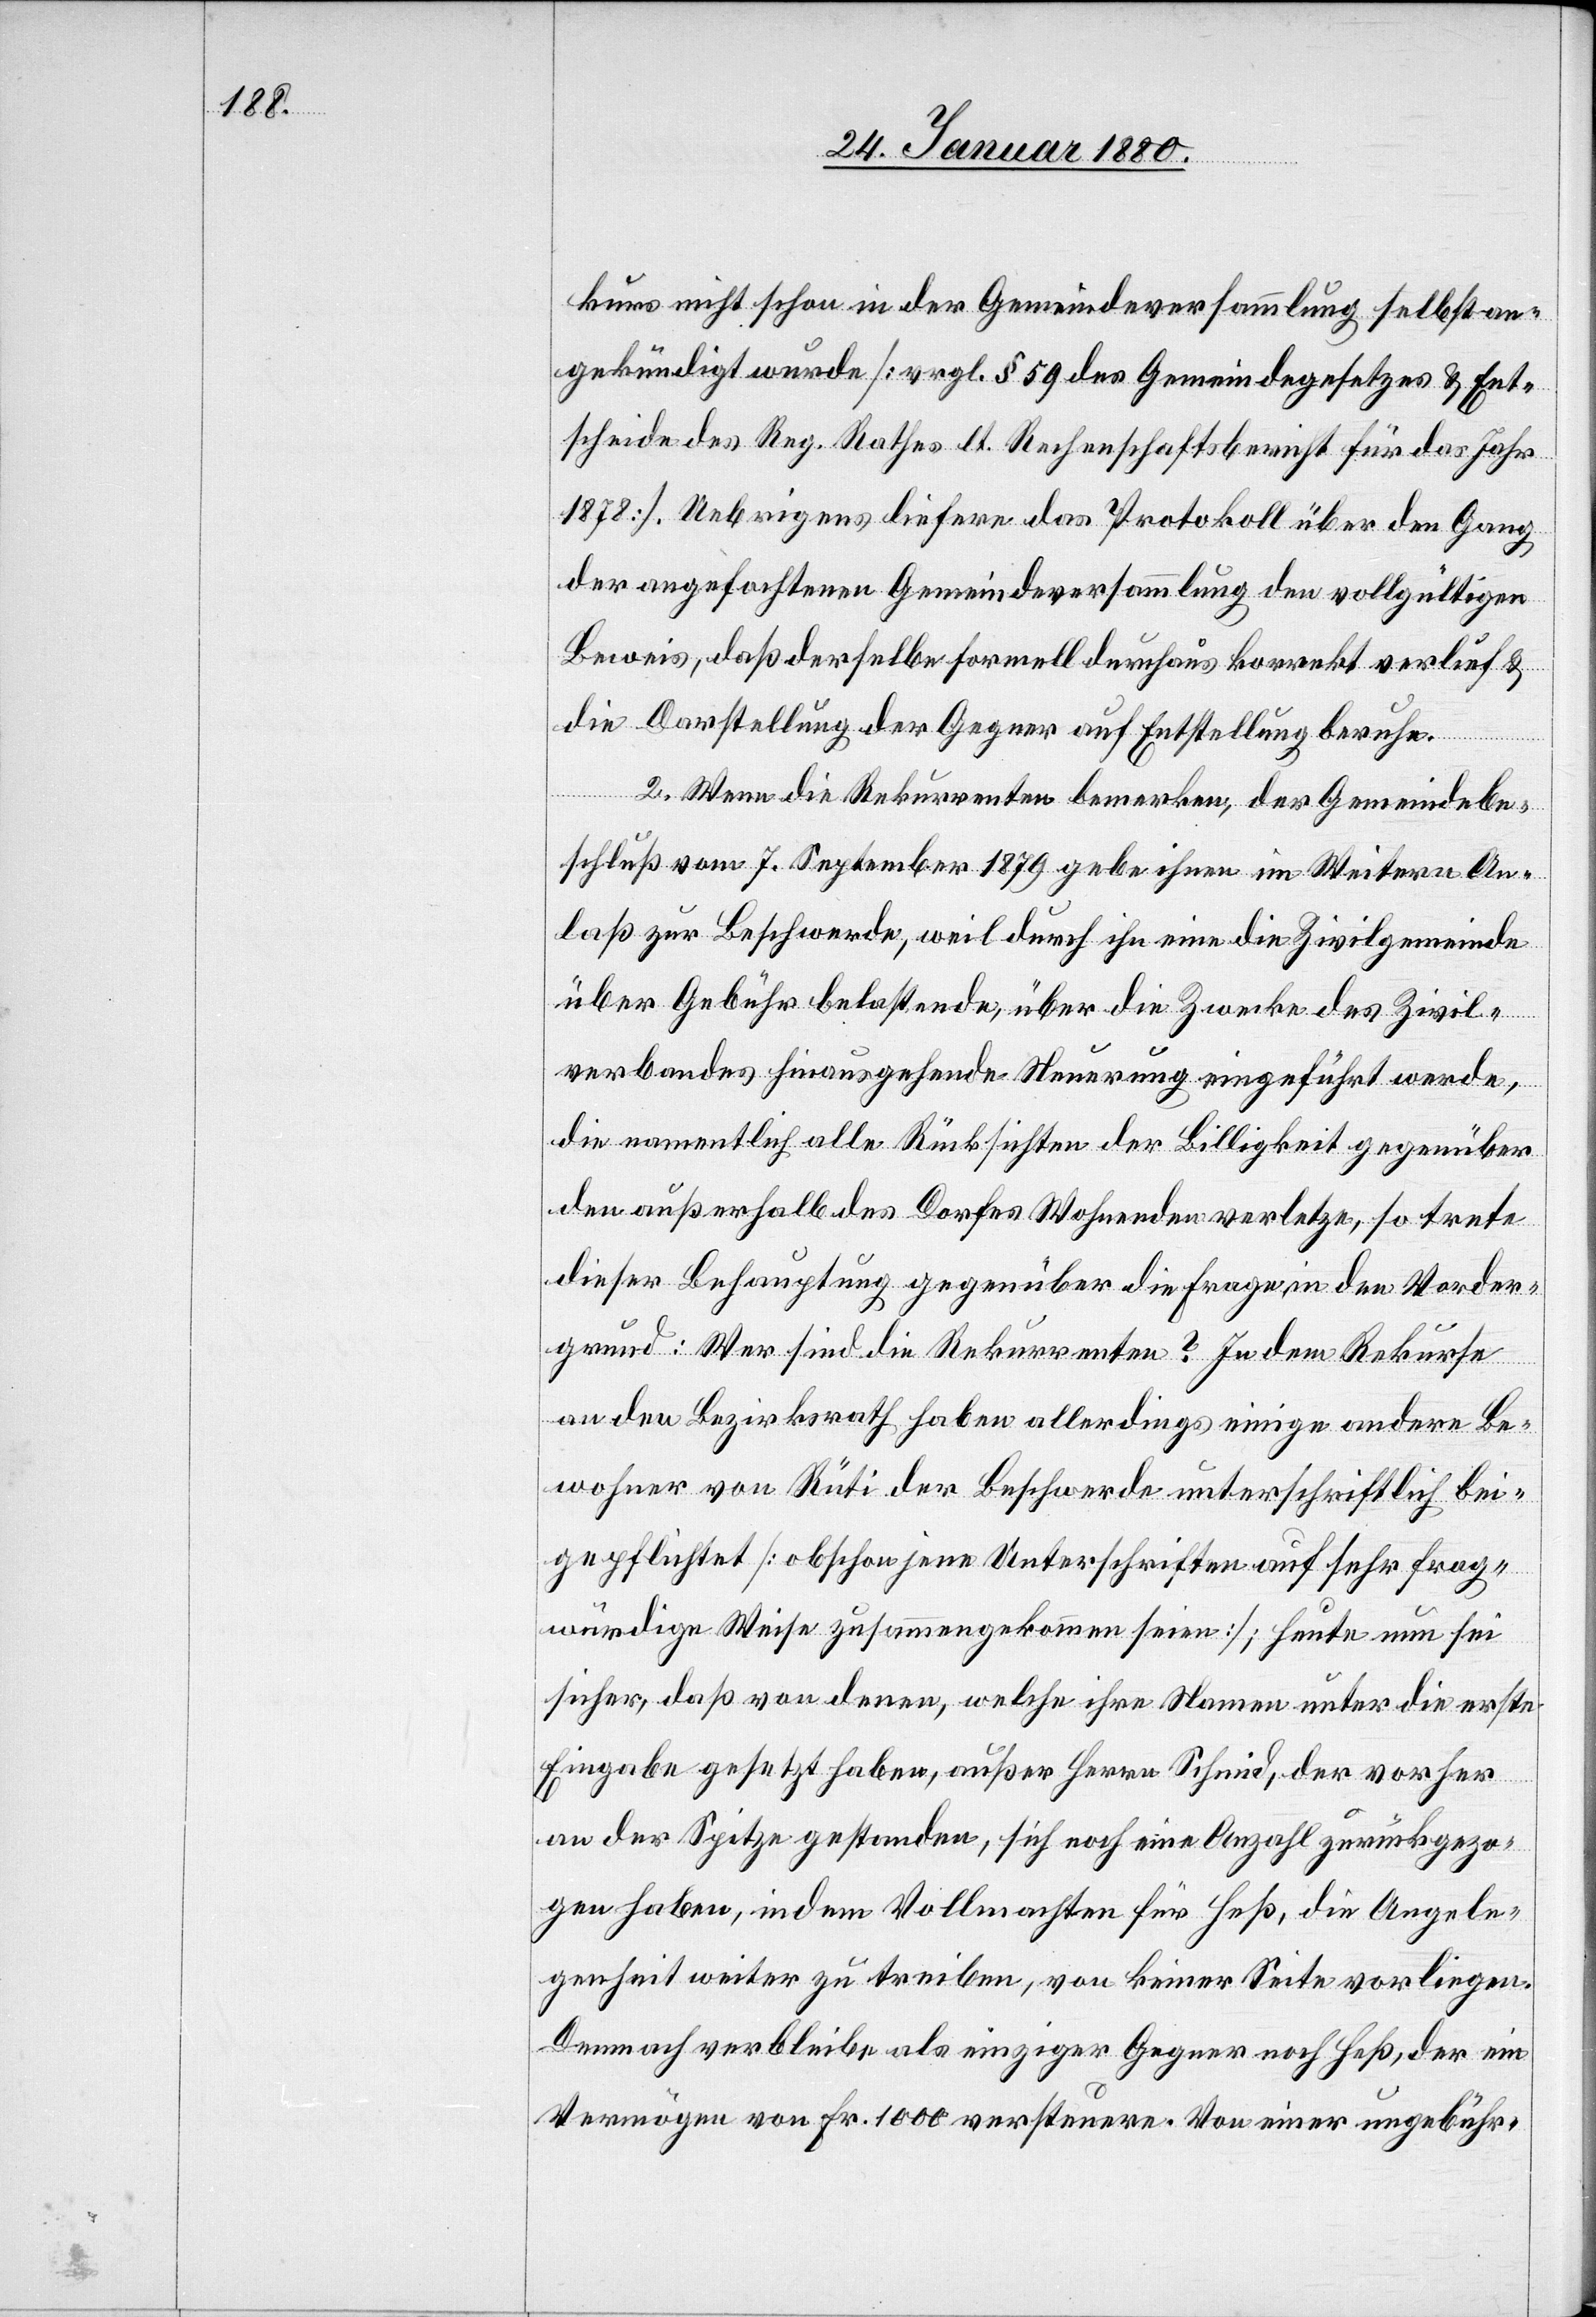
kurs nicht schon in der Gemeindeversammlung selbst an¬
gekündigt wurde [vergl. § 59 des Gemeindegesetzes & Ent¬
scheide des Reg. Rathes lt. Rechenschaftsbericht für das Jahr
1878]. Uebrigens liefere das Protokoll über den Gang
der angefochtenen Gemeindeversammlung den vollgültigen
Beweis, daß derselbe formell durchaus korrekt verlief &
die Darstellung der Gegner auf Entstellung beruhe.
2. Wenn die Rekurrenten bemerken, der Gemeindebe¬
schluß vom 7. September 1879 gebe ihnen im Weitern An¬
laß zur Beschwerde, weil durch ihn eine die Zivilgemeinde
über Gebühr belastende, über die Zwecke des Zivil¬
verbandes hinausgehende Neuerung eingeführt werde,
die namentlich alle Rücksichten der Billigkeit gegenüber
den außerhalb des Dorfes Wohnenden verletze, so trete
dieser Behauptung gegenüber die Frage in den Vorder¬
grund: Wer sind die Rekurrenten? In dem Rekurse
an den Bezirksrath haben allerdings einige andere Be¬
wohner von Rüti der Beschwerde unterschriftlich bei¬
gepflichtet [obschon jene Unterschriften auf sehr frag¬
würdige Weise zusammengekommen seien], heute nun sei
sicher, daß von denen, welche ihre Namen unter die erste
Eingabe gesetzt haben, außer Herrn Schmid, der vorher
an der Spitze gestanden, sich noch eine Anzahl zurückgezo¬
gen haben, indem Vollmachten für Heß, die Angele¬
genheit weiter zu treiben, von keiner Seite vorliegen.
Demnach verbleibt als einziger Gegner noch Heß, der ein
Vermögen von Fr. 1000 versteuere. Von einer ungebühr-